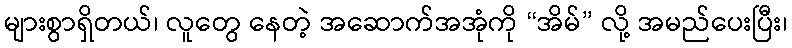
များစွာရှိတယ်၊ လူတွေ နေတဲ့ အဆောက်အအုံကို “အိမ်” လို့ အမည်ပေးပြီး၊